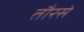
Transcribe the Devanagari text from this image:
तौरसे